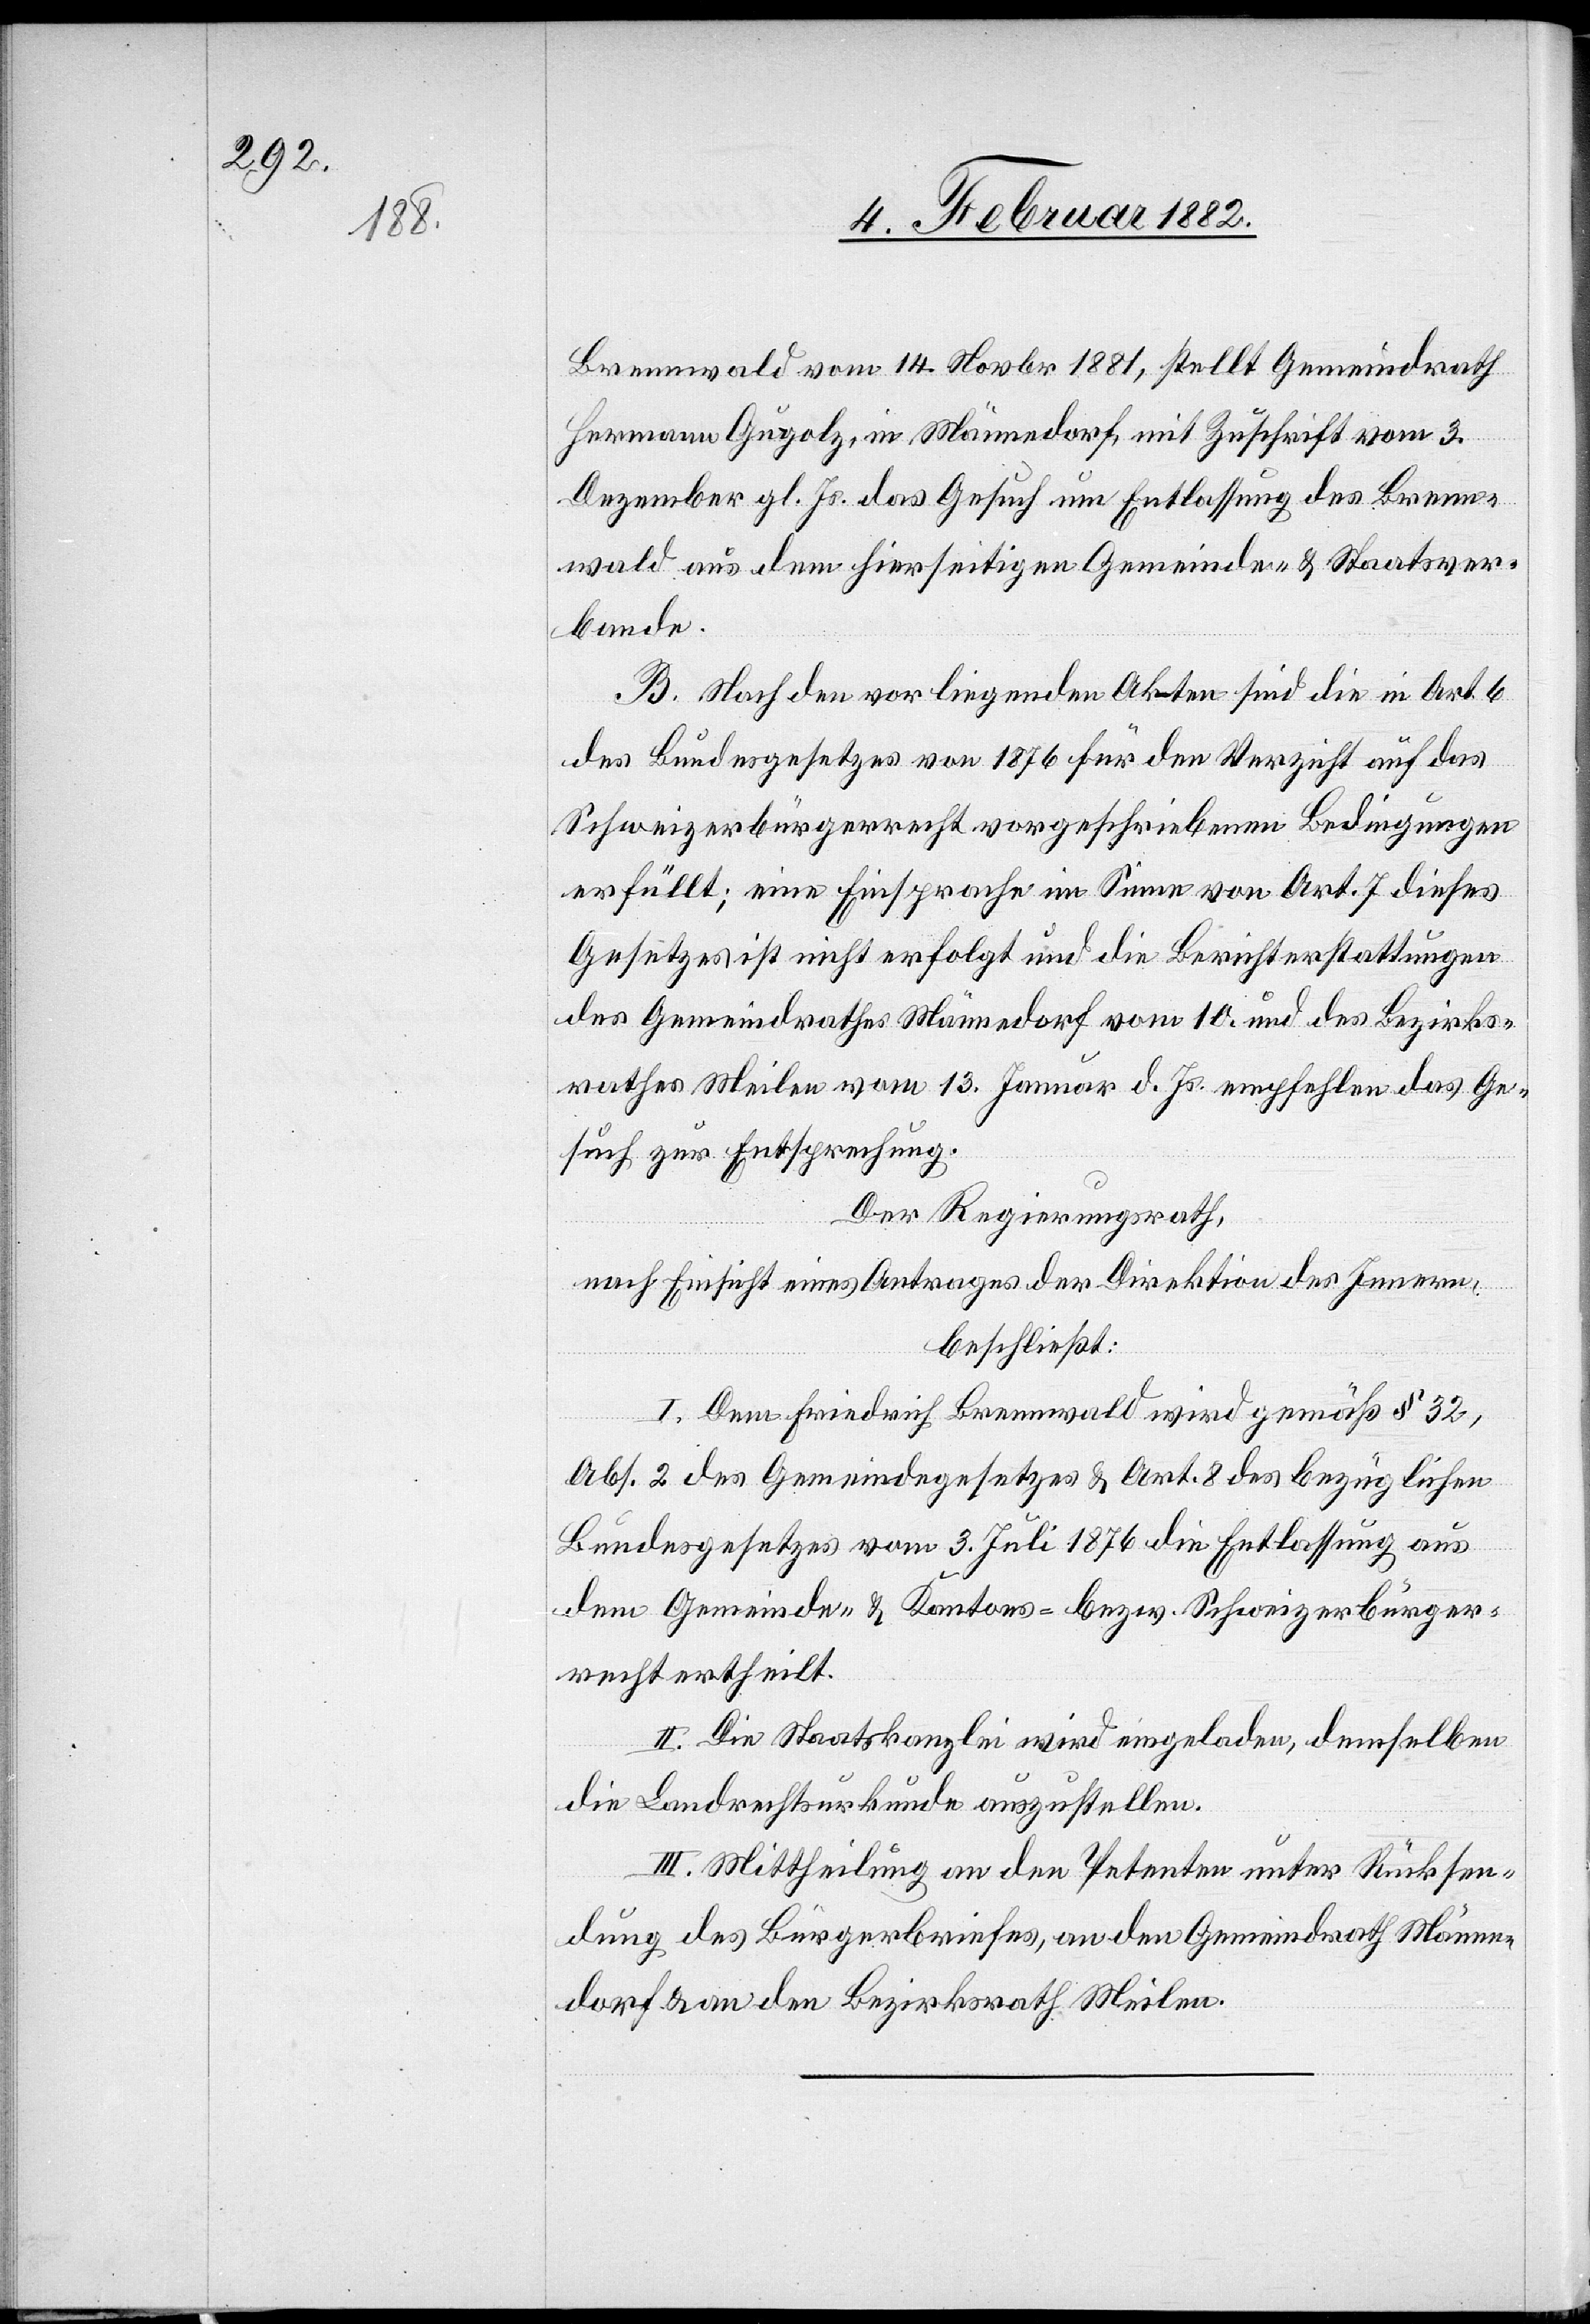
Brennwald vom 14. Novbr. 1881, stellt Gemeindrath
Hermann Gugolz, in Männedorf, mit Zuschrift vom 3.
Dezember gl. Js. das Gesuch um Entlassung des Brenn¬
wald aus dem hierseitigen Gemeinde- & Staatsver¬
bande.
B. Nach den vorliegenden Akten sind die im Art. 6
des Bundesgesetzes von 1876 für den Verzicht auf das
Schweizerbürgerrecht vorgeschriebenen Bedingungen
erfüllt; eine Einsprache im Sinne von Art. 7 dieses
Gesetzes ist nicht erfolgt und die Berichterstattungen
des Gemeindrathes Männedorf vom 10. und des Bezirks¬
rathes Meilen vom 13. Januar d. Js. empfehlen das Ge¬
such zur Entsprechung.
Der Regierungsrath,
nach Einsicht eines Antrages der Direktion des Innern,
beschließt:
I. Dem Friedrich Brennwald wird gemäß § 32,
Abs. 2 des Gemeindegesetzes & Art. 8 des bezüglichen
Bundesgesetzes vom 3. Juli 1876 die Entlassung aus
dem Gemeinde- & Kantons- bzw. Schweizerbürger¬
rechte ertheilt.
II. Die Staatskanzlei wird eingeladen, demselben
die Landrechtsurkunde auszustellen.
II. Mittheilung an den Petenten unter Rücksen¬
dung des Bürgerbriefes, an den Gemeindrath Männe¬
dorf & an den Bezirksrath Meilen.